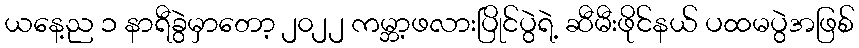
ယနေ့ည ၁ နာရီခွဲမှာတော့ ၂၀၂၂ ကမ္ဘာ့ဖလားပြိုင်ပွဲရဲ့ ဆီမီးဖိုင်နယ် ပထမပွဲအဖြစ်